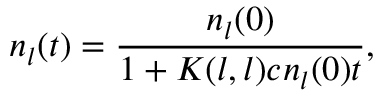
n _ { l } ( t ) = \frac { n _ { l } ( 0 ) } { 1 + K ( l , l ) c n _ { l } ( 0 ) t } ,